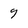
Character: 9